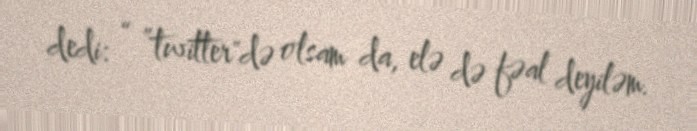
dedi: “ ”twitter"də olsam da, elə də fəal deyiləm.